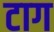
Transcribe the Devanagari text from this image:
टाग